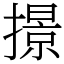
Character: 撔